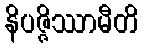
နိပဇ္ဇိဿာမီတိ